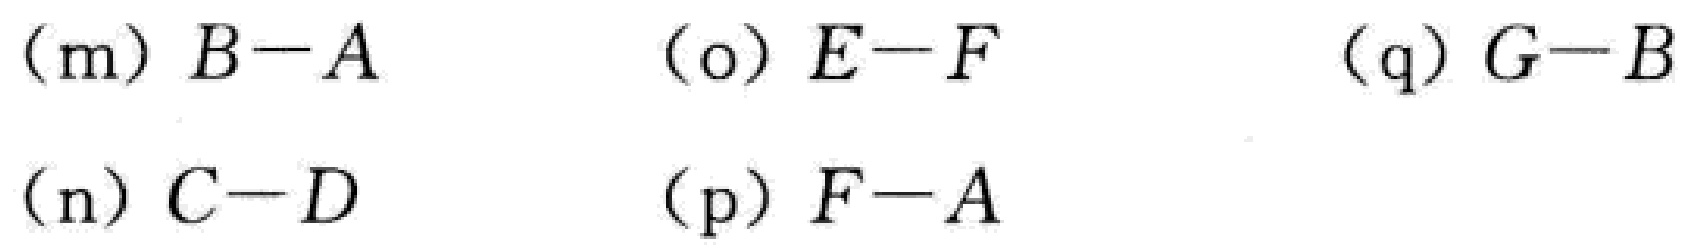
\begin{align*}

&\text{(m) } B - A &\text{(o) } E - F &\text{(q) } G - B \\

&\text{(n) } C - D &\text{(p) } F - A

\end{align*}